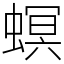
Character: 螟